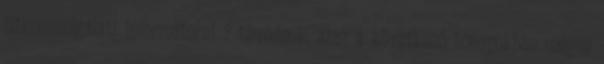
titkosszolgálati informátorai ? tévednek, azaz a következő hónapokban mégse